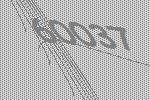
60037